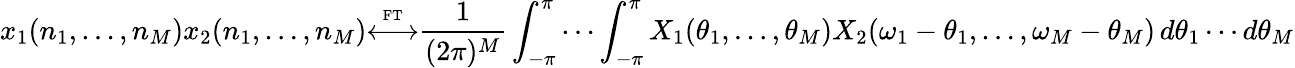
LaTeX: x_{1}(n_{1},\ldots,n_{M})x_{2}(n_{1},\ldots,n_{M}){\overset{\underset{\mathrm{FT}}{}}{\longleftrightarrow}}{\frac{1}{(2\pi)^{M}}}\int_{-\pi}^{\pi}\cdots\int_{-\pi}^{\pi}X_{1}(\theta_{1},\ldots,\theta_{M})X_{2}(\omega_{1}-\theta_{1},\ldots,\omega_{M}-\theta_{M})\, d\theta_{1}\cdots d\theta_{M}